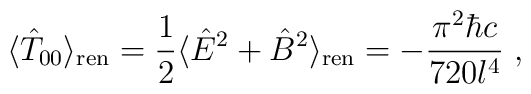
\langle {\hat T}_{00}\rangle _{\rm ren}  ={1\over 2}\langle {\hat E}^2+{\hat B}^2\rangle _{\rm ren}  =-{{\pi ^2\hbar c}\over{720 l^4}}\; ,